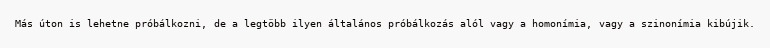
Más úton is lehetne próbálkozni, de a legtöbb ilyen általános próbálkozás alól vagy a homonímia, vagy a szinonímia kibújik.